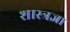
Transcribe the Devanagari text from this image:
शास्त्रज्ञा